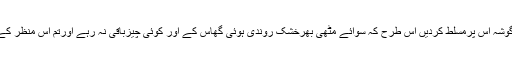
یہ بھی ہوسکتاہے کہ ایک عظیم بجلی کاایک گوشہ اس پرمسلّط کردیں اس طرح کہ سوائے مٹھی بھرخشک روندی ہوئی گھاس کے اور کوئی چیزباقی نہ رہے اورتم اس منظر کے مشاہدہ سے حیرت وندامت میں غرق ہوجاؤ ۔